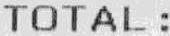
TOTAL :